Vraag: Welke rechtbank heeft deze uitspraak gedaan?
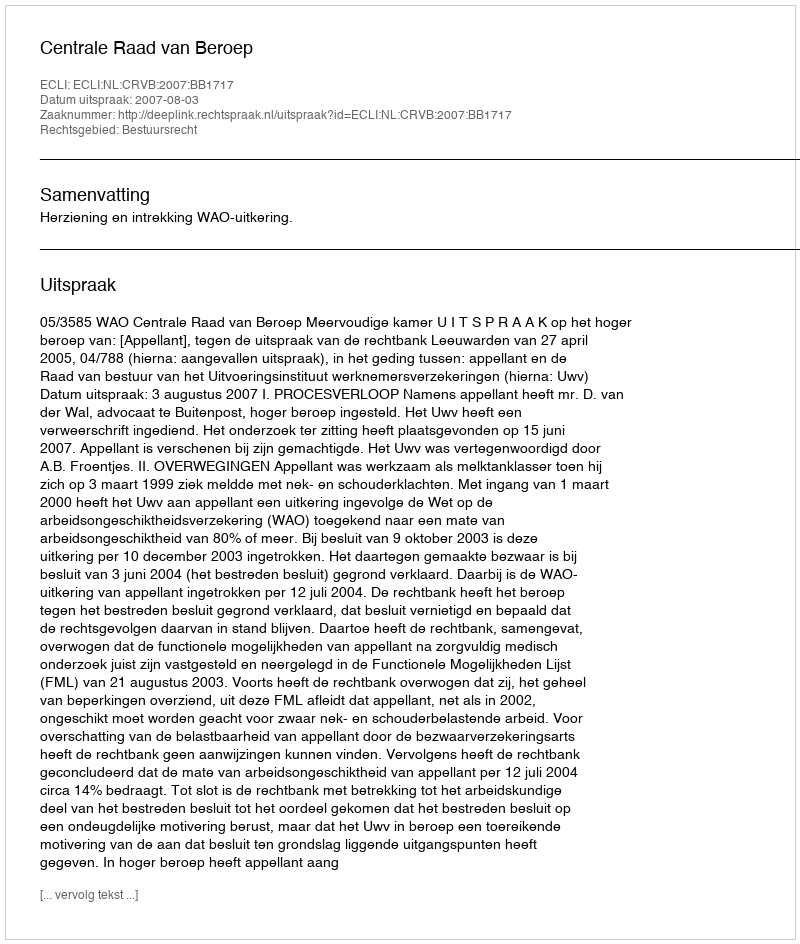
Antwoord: Centrale Raad van Beroep